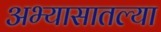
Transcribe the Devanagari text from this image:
अभ्यासातल्या